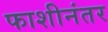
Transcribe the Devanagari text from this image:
फाशीनंतर